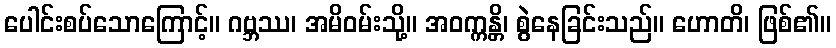
ပေါင်းစပ်သောကြောင့်။ ဂဗ္ဘဿ၊ အမိဝမ်းသို့။ အဝက္ကန္တိ၊ စွဲနေခြင်းသည်။ ဟောတိ၊ ဖြစ်၏။